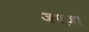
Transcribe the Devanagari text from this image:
जफ्ज़ा